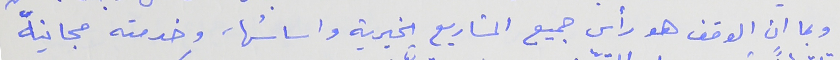
وبما ان الوقف هو رأس جميع المشاريع الخيرية واساسُها، وخدمته مجانيةً